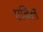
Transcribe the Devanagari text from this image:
एबिल